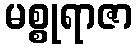
မစ္စုရာဇာ